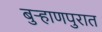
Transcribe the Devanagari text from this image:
बुर्‍हाणपुरात